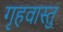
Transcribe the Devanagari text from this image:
गृहवास्तु